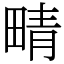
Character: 𤲟